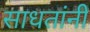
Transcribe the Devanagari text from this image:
साधतांनी